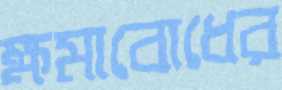
ক্ষমাবোধের